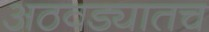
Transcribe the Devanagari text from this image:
अठवड्यातच